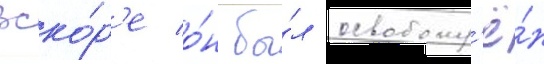
Вско́р'е о́н бы́л освобожд'ё́н